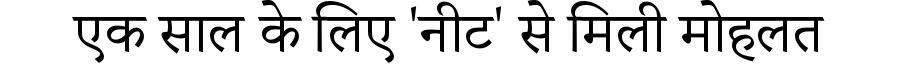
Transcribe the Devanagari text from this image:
एक साल के लिए 'नीट' से मिली मोहलत